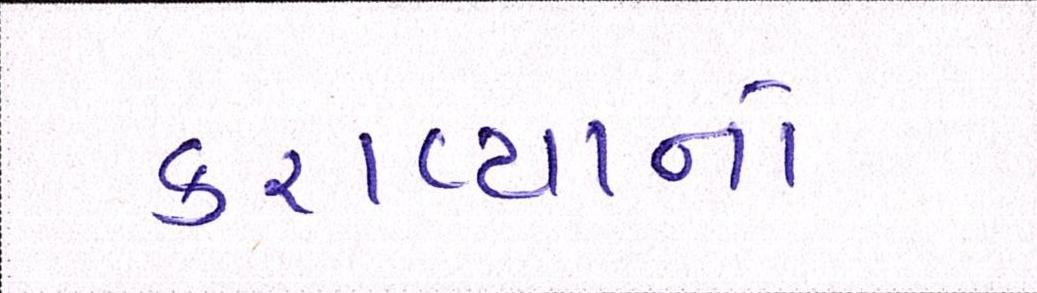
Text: કરાવ્યાનો